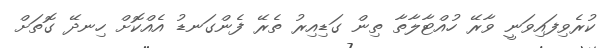
ކުރެވިފައިވަނީ ވާރޭ ހުއްޓާލާތާ ތިން ގަޑިއިރު ތެރޭ ފެންގަނޑު އެއްކޮށް ހިނދޭ ގޮތަށް